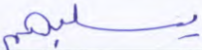
يسلبهم